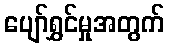
ပျော်ရွှင်မှုအတွက်